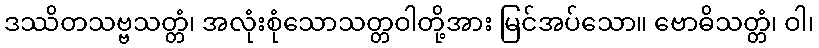
ဒဿိတသဗ္ဗသတ္တံ၊ အလုံးစုံသောသတ္တဝါတို့အား မြင်အပ်သော။ ဗောဓိသတ္တံ၊ ဝါ၊